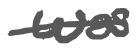
Text: was
Cross-out: single-line
Writing tool: digital_gray